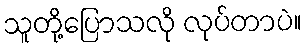
သူတို့ပြောသလို လုပ်တာပဲ။